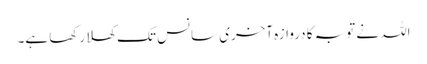
اللہ نے توبہ کا دروازہ آخری سانس تک کھلا رکھا ہے۔